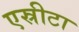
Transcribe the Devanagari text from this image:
एस्रीटा